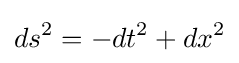
ds^{2}=-dt^{2}+dx^{2}